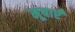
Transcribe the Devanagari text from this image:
मूषाएँ